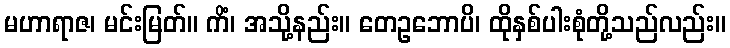
မဟာရာဇ၊ မင်းမြတ်။ ကိံ၊ အသို့နည်း။ တေဥဘောပိ၊ ထိုနှစ်ပါးစုံတို့သည်လည်း။